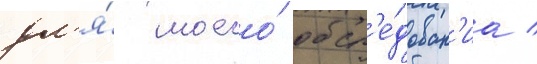
дл'я́ моего́ обсл'е́дован'иа /